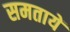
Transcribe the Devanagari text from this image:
समतायें